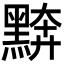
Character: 𪑖